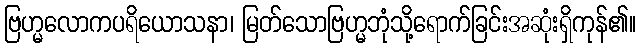
ဗြဟ္မလောကပရိယောသနာ၊ မြတ်သောဗြဟ္မဘုံသို့ရောက်ခြင်းအဆုံးရှိကုန်၏။